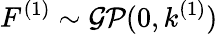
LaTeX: F^{(1)}\sim\mathcal{GP}(0,k^{(1)})